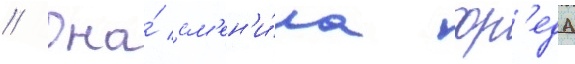
// Она́ см'ен'и́ла фр'еда